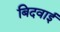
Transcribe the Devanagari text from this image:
बिदवाई